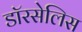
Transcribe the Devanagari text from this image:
डॉरसेलिस